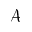
\mathcal { A }